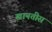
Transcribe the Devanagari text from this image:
खानतीस